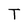
Character: T